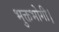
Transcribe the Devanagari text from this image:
भुक्तभोगी।